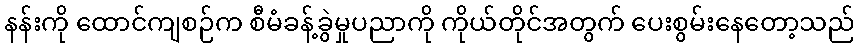
နန်းကို ထောင်ကျစဉ်က စီမံခန့်ခွဲမှုပညာကို ကိုယ်တိုင်အတွက် ပေးစွမ်းနေတော့သည်